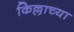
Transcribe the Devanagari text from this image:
किल्लाच्या